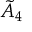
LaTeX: { \tilde { A } } _ { 4 }